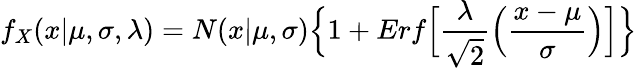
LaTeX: f_{X}(x|\mu,\sigma,\lambda)=N(x|\mu,\sigma)\Bigl\{ 1+Erf\Bigl[\frac{\lambda}{\sqrt{2}}\Bigl(\frac{x-\mu}{\sigma}\Bigr)\Bigr]\Bigr\}